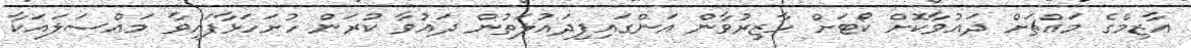
އާޒިމްގެ މައްޗަށް ދައުވާކޮށް ކޯޓަށް ހާޒިރުވާން އަންގައިފިދައުލަތުން ދައުވާ ކުރަން ހުށަހަޅާފައިވާ މައްސަލައަކާ